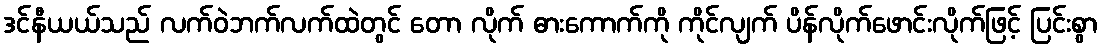
ဒင်နီယယ်သည် လက်ဝဲဘက်လက်ထဲတွင် တော လိုက် ဓားကောက်ကို ကိုင်လျက် ပိန်လိုက်ဖောင်းလိုက်ဖြင့် ပြင်းစွာ